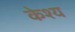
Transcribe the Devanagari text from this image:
केश्य